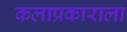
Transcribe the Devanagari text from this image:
कलाप्रकाराला